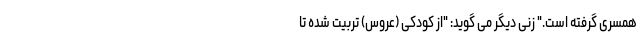
همسری گرفته است." زنی دیگر می گوید: "از کودکی (عروس) تربیت شده تا